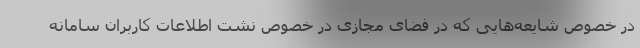
در خصوص شایعه‌هایی که در فضای مجازی در خصوص نشت اطلاعات کاربران سامانه